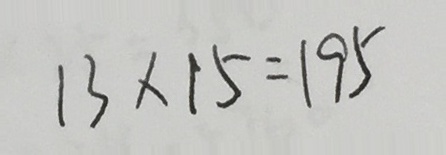
1 3 \times 1 5 = 1 9 5